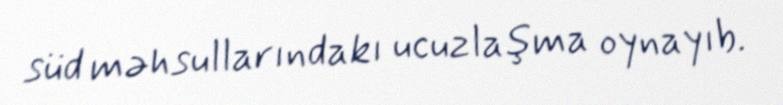
süd məhsullarındakı ucuzlaşma oynayıb.